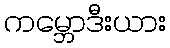
ကမ္ဘောဒီးယား